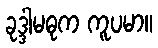
ခုဒ္ဒါမဓုက ကူပမာ။